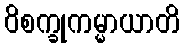
ဝိစက္ခုကမ္မာယာတိ